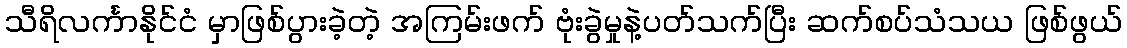
သီရိလင်္ကာနိုင်ငံ မှာဖြစ်ပွားခဲ့တဲ့ အကြမ်းဖက် ဗုံးခွဲမှုနဲ့ပတ်သက်ပြီး ဆက်စပ်သံသယ ဖြစ်ဖွယ်